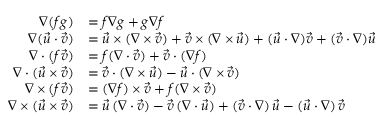
{ \begin{array} { r l } { \nabla ( f g ) } & { = f \nabla g + g \nabla f } \\ { \nabla ( { \vec { u } } \cdot { \vec { v } } ) } & { = { \vec { u } } \times ( \nabla \times { \vec { v } } ) + { \vec { v } } \times ( \nabla \times { \vec { u } } ) + ( { \vec { u } } \cdot \nabla ) { \vec { v } } + ( { \vec { v } } \cdot \nabla ) { \vec { u } } } \\ { \nabla \cdot ( f { \vec { v } } ) } & { = f ( \nabla \cdot { \vec { v } } ) + { \vec { v } } \cdot ( \nabla f ) } \\ { \nabla \cdot ( { \vec { u } } \times { \vec { v } } ) } & { = { \vec { v } } \cdot ( \nabla \times { \vec { u } } ) - { \vec { u } } \cdot ( \nabla \times { \vec { v } } ) } \\ { \nabla \times ( f { \vec { v } } ) } & { = ( \nabla f ) \times { \vec { v } } + f ( \nabla \times { \vec { v } } ) } \\ { \nabla \times ( { \vec { u } } \times { \vec { v } } ) } & { = { \vec { u } } \, ( \nabla \cdot { \vec { v } } ) - { \vec { v } } \, ( \nabla \cdot { \vec { u } } ) + ( { \vec { v } } \cdot \nabla ) \, { \vec { u } } - ( { \vec { u } } \cdot \nabla ) \, { \vec { v } } } \end{array} }